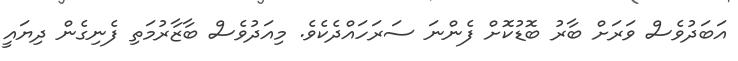
އަބަދުވެސް ވަރަށް ބާރު ބޮޑުކޮށް ފެންނަ ސަރަހައްދެކެވެ. މިއަދުވެސް ބާޒާރުމަތި ފެނިގެން ދިޔައީ